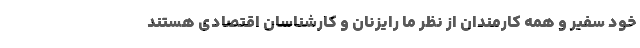
خود سفیر و همه کارمندان از نظر ما رایزنان و کارشناسان اقتصادی هستند